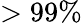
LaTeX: >99\%